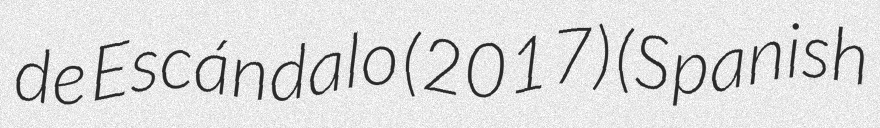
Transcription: de Escándalo (2017) (Spanish